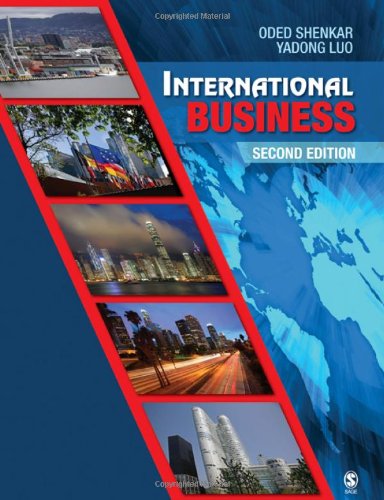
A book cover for International Business; Oded Shenkar; Business & Money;